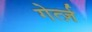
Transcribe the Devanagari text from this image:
गेर्त्ज़